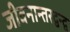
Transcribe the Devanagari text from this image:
जीवनान्तरद्वन्द्व